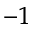
^ { - 1 }